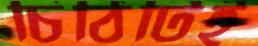
চিঠিটিই